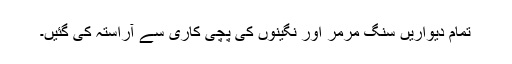
تمام دیواریں سنگ مرمر اور نگینوں کی پچی کاری سے آراستہ کی گئیں۔